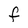
Character: f